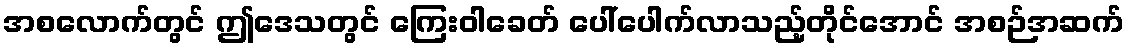
အစလောက်တွင် ဤဒေသတွင် ကြေးဝါခေတ် ပေါ်ပေါက်လာသည့်တိုင်အောင် အစဉ်အဆက်